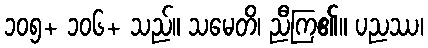
၁၀၅+ ၁၀၆+ သည်။ သမေတိ၊ ညီကြ၏။ ပညဿ၊